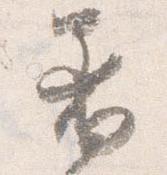
着